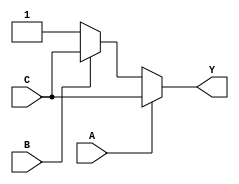
`timescale 1ns / 1ps
//////////////////////////////////////////////////////////////////////////////////
// Company: 
// Engineer: 
// 
// Design Name: 
// Module Name: func_impl
// Project Name: 
// Target Devices: 
// Tool Versions: 
// Description: 
// 
// Dependencies: 
// 
// Revision:
// Revision 0.01 - File Created
// Additional Comments:
// 
//////////////////////////////////////////////////////////////////////////////////


module func_impl(
    input A,
    input B,
    input C,
    output Y
    );
    //Implement the boolean expression F(A, B, C) = ? m(2, 3, 6, 7)
    //assign Y = A ? (B ? 1 : 0) : (B ? 1 : 0);
    //Implement the boolean expression F(A, B, C) = ? m(0, 1, 3, 5, 7)
    assign Y = A ? (B ? C : C) : (B ? C : 1);
endmodule